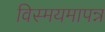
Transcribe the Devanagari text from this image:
विस्मयमापन्न